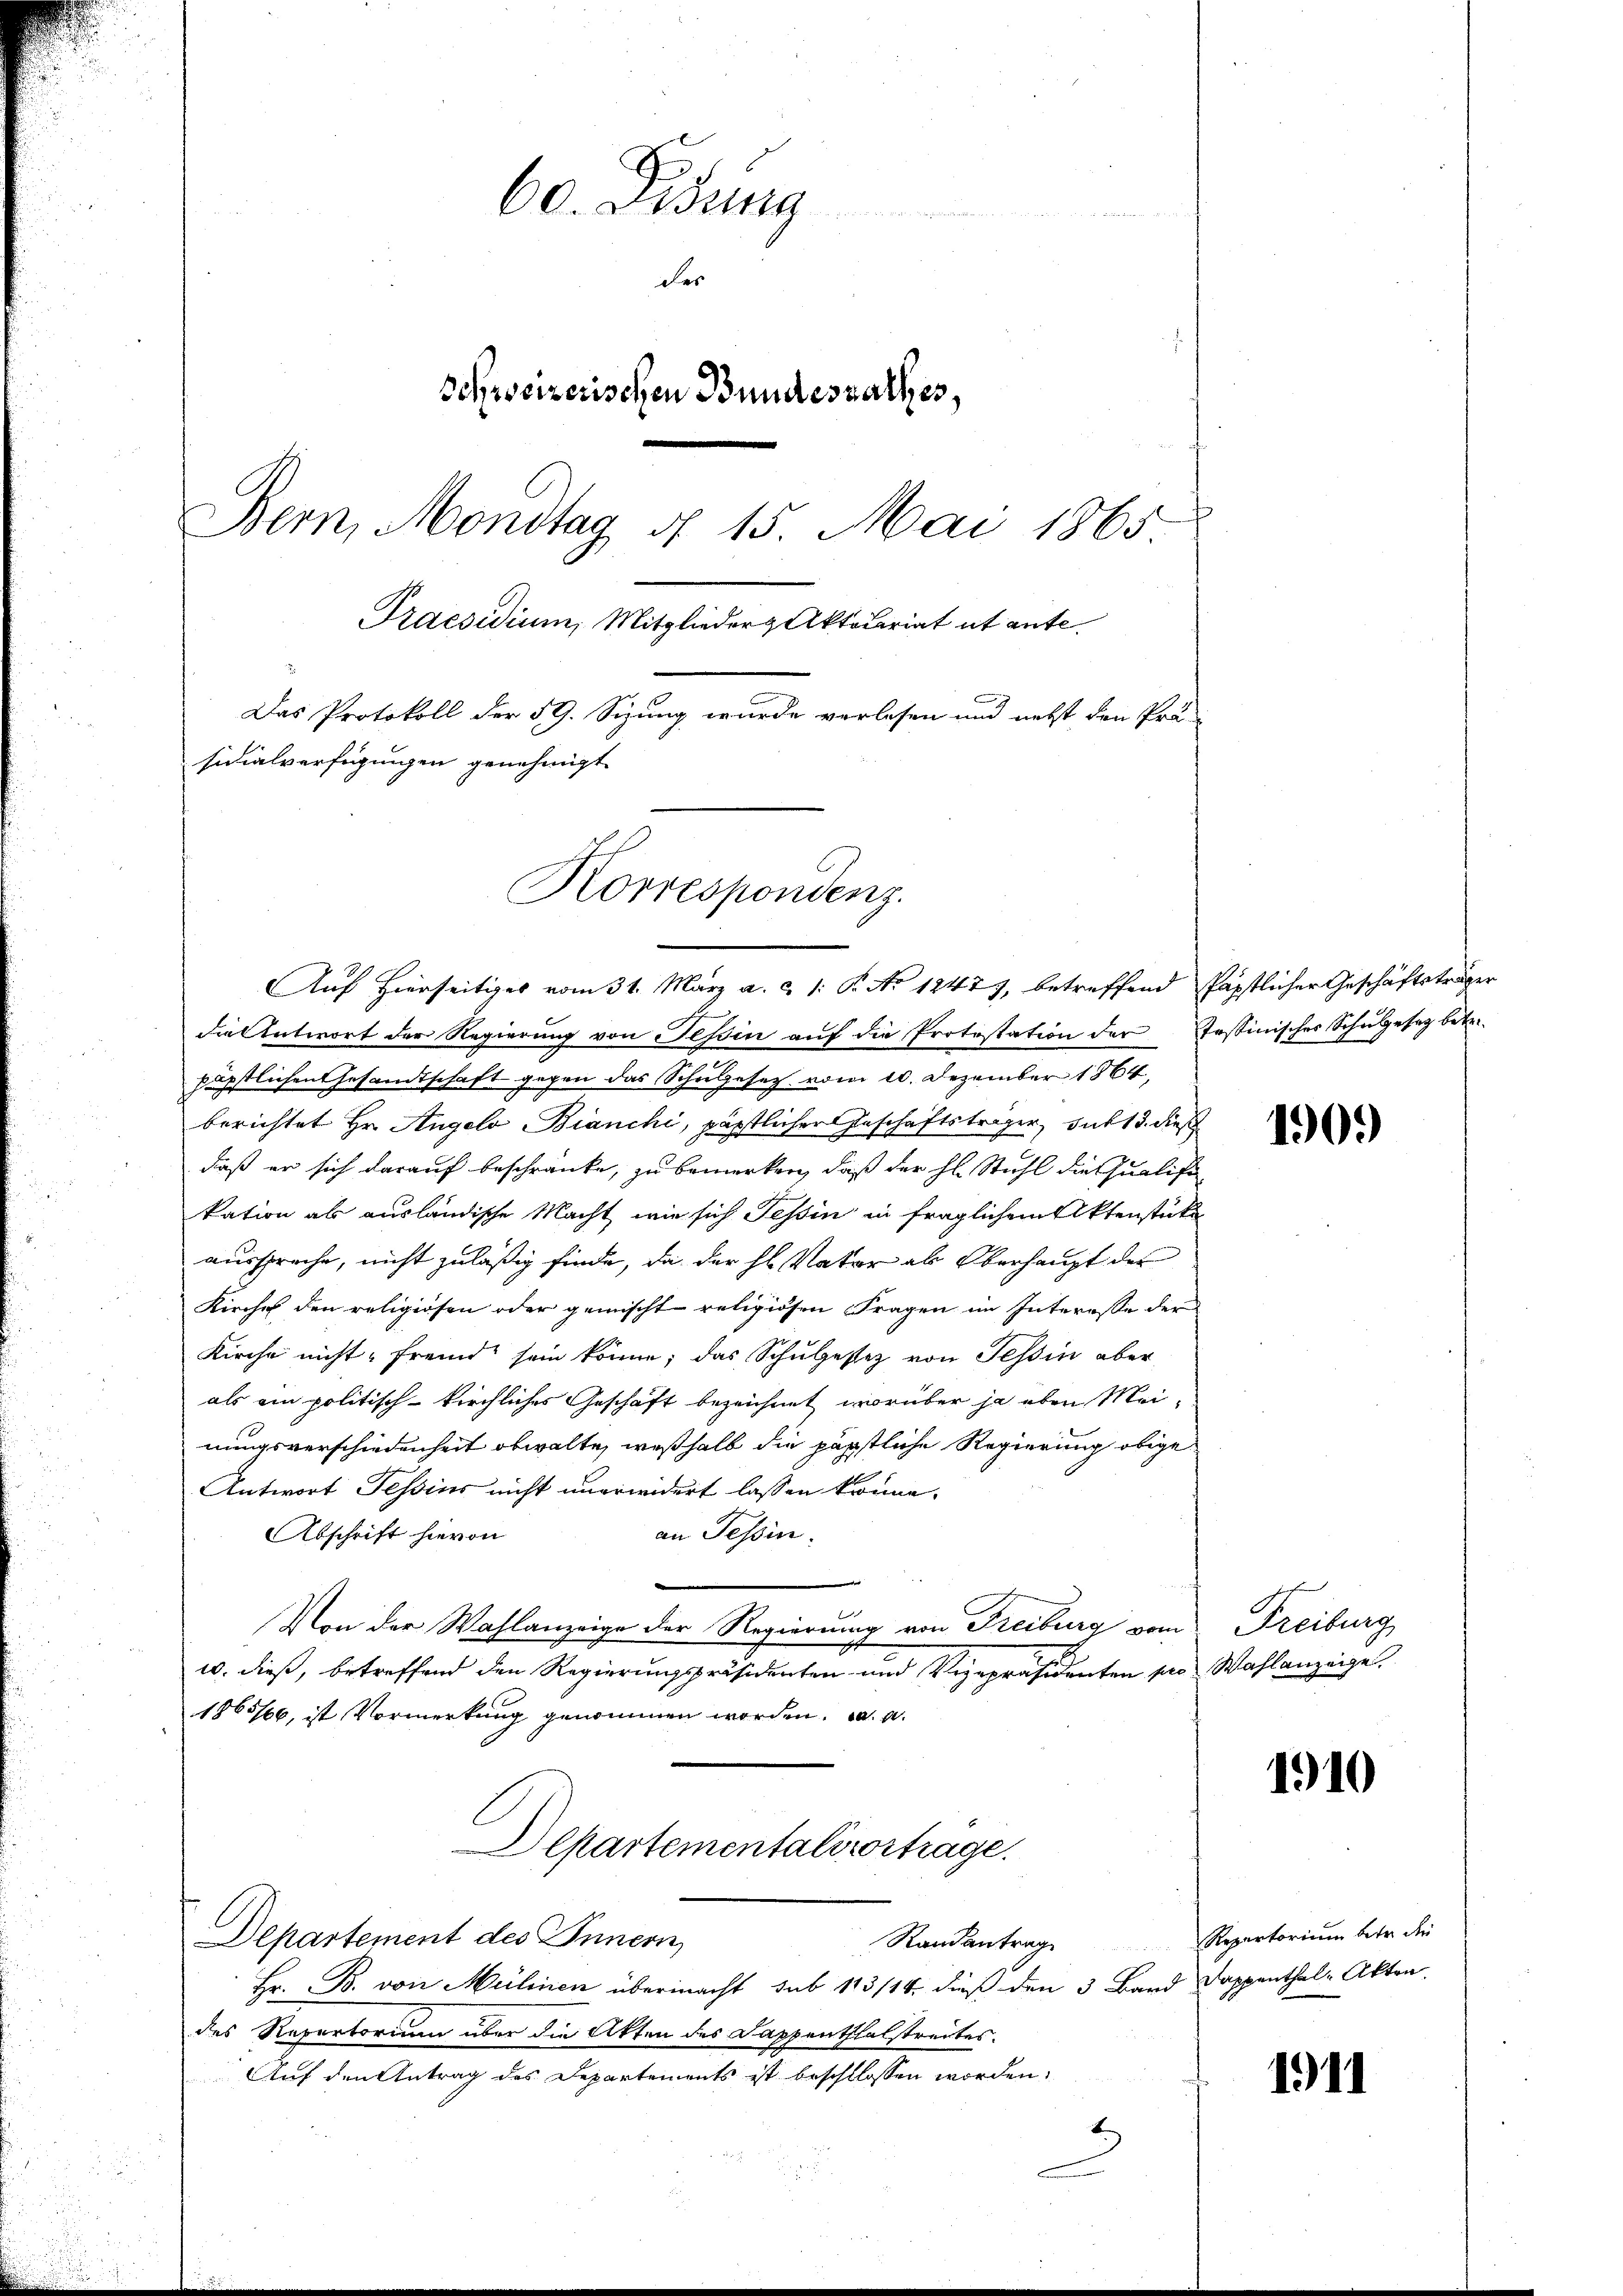
60. Didung
des
Schweizerischen Bundesrathes,
Bern, Mondtag d. 15. Mai 1865
Praesidium, Mitglieder Aktecariat ut ante
Das Protokoll der 59. Sizung wurde verlesen und nett den Prä-
sidialverfügungen genehmigt.

Korrespondenz.

Auf hierseitiges vom 31. März a. c. 1: P. No 1247), betreffend Papstlicher Geschäftsträger
die Antwort der Regierung von Tessin auf die Protestation der Justinisches Schulgesetz betr.
päpstlichen Gesandtschaft gegen das Schulzesec vom 10. Dezember 1864,
berichtet Hr. Angelo Bianchi, päpstlicher Geschäftsträger, sub 13. dieß
daß er sich darauf beschränke, zu bemerken, daß der hl. Stuhl die Qualifa
kation als ausländische Macht, wie sich Tessin in fraglichem Aktenstücke
ausspreche, nicht zuläßig finde, da der hl. Vater ab Oberhaupt der
Kirches den religiosen oder gemischt religiösen Fragen im Interesse der
Kirche nicht fremd sein könne; das Schulgestez von Tessin aber
als ein politisch-kirchliches Geschäft bezeichnet, worüber ja eben Meinungsverschiedenheit obwalte, weßhalb die päpstliche Regierung obige
Antwort Tessins nicht unerwidert lassen könne.
an Tessin.
Abschrift hievon
mach
Von der Wahlanzeige der Regierung von Freiburg vom
10. dieß, betreffend den Regierungspräsidenten und Vizepräsidenten pro Wahlanzeige.
1865/66, ist Vormerkung genommen worden. a. a.
Departementalivortrage.
Departement des Innern
Standantrage Repertorium betr. die
Hr. B. von Mülinen übermacht sub 113/14. dieß den 3 Bard Dappenthal-Akten.
des Repertorium über die Akten des Dappenthalstreites.
Auf den Antrag des Departements ist beschllossen worden.

1909)

Freiburg

1910

1911